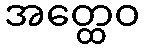
အတ္ထေဝ